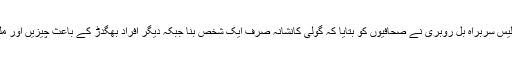
نواحی علاقے حیانتان کے پولیس سربراہ بل روبری نے صحافیوں کو بتایا کہ گولی کانشانہ صرف ایک شخص بنا جبکہ دیگر افراد بھگدڑ کے باعث چیزیں اور ملبہ گرنے سے زخمی ہوئے ۔